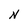
Character: N